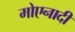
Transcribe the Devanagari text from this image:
मोएनादी